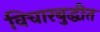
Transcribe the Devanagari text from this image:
विचारबुद्धीत